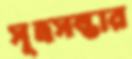
সূত্রসম্ভার